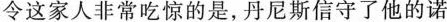
令这家人非常吃惊的是，丹尼斯信守了他的诺